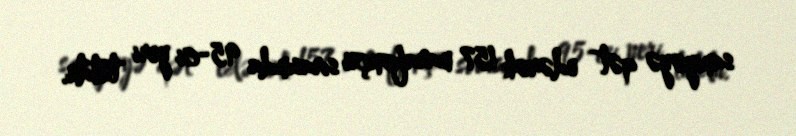
saniyəyə qət edərək 157 marafonçu sırasında 95-ci yeri tutdu.